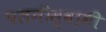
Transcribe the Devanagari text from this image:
पलनीस्वामी